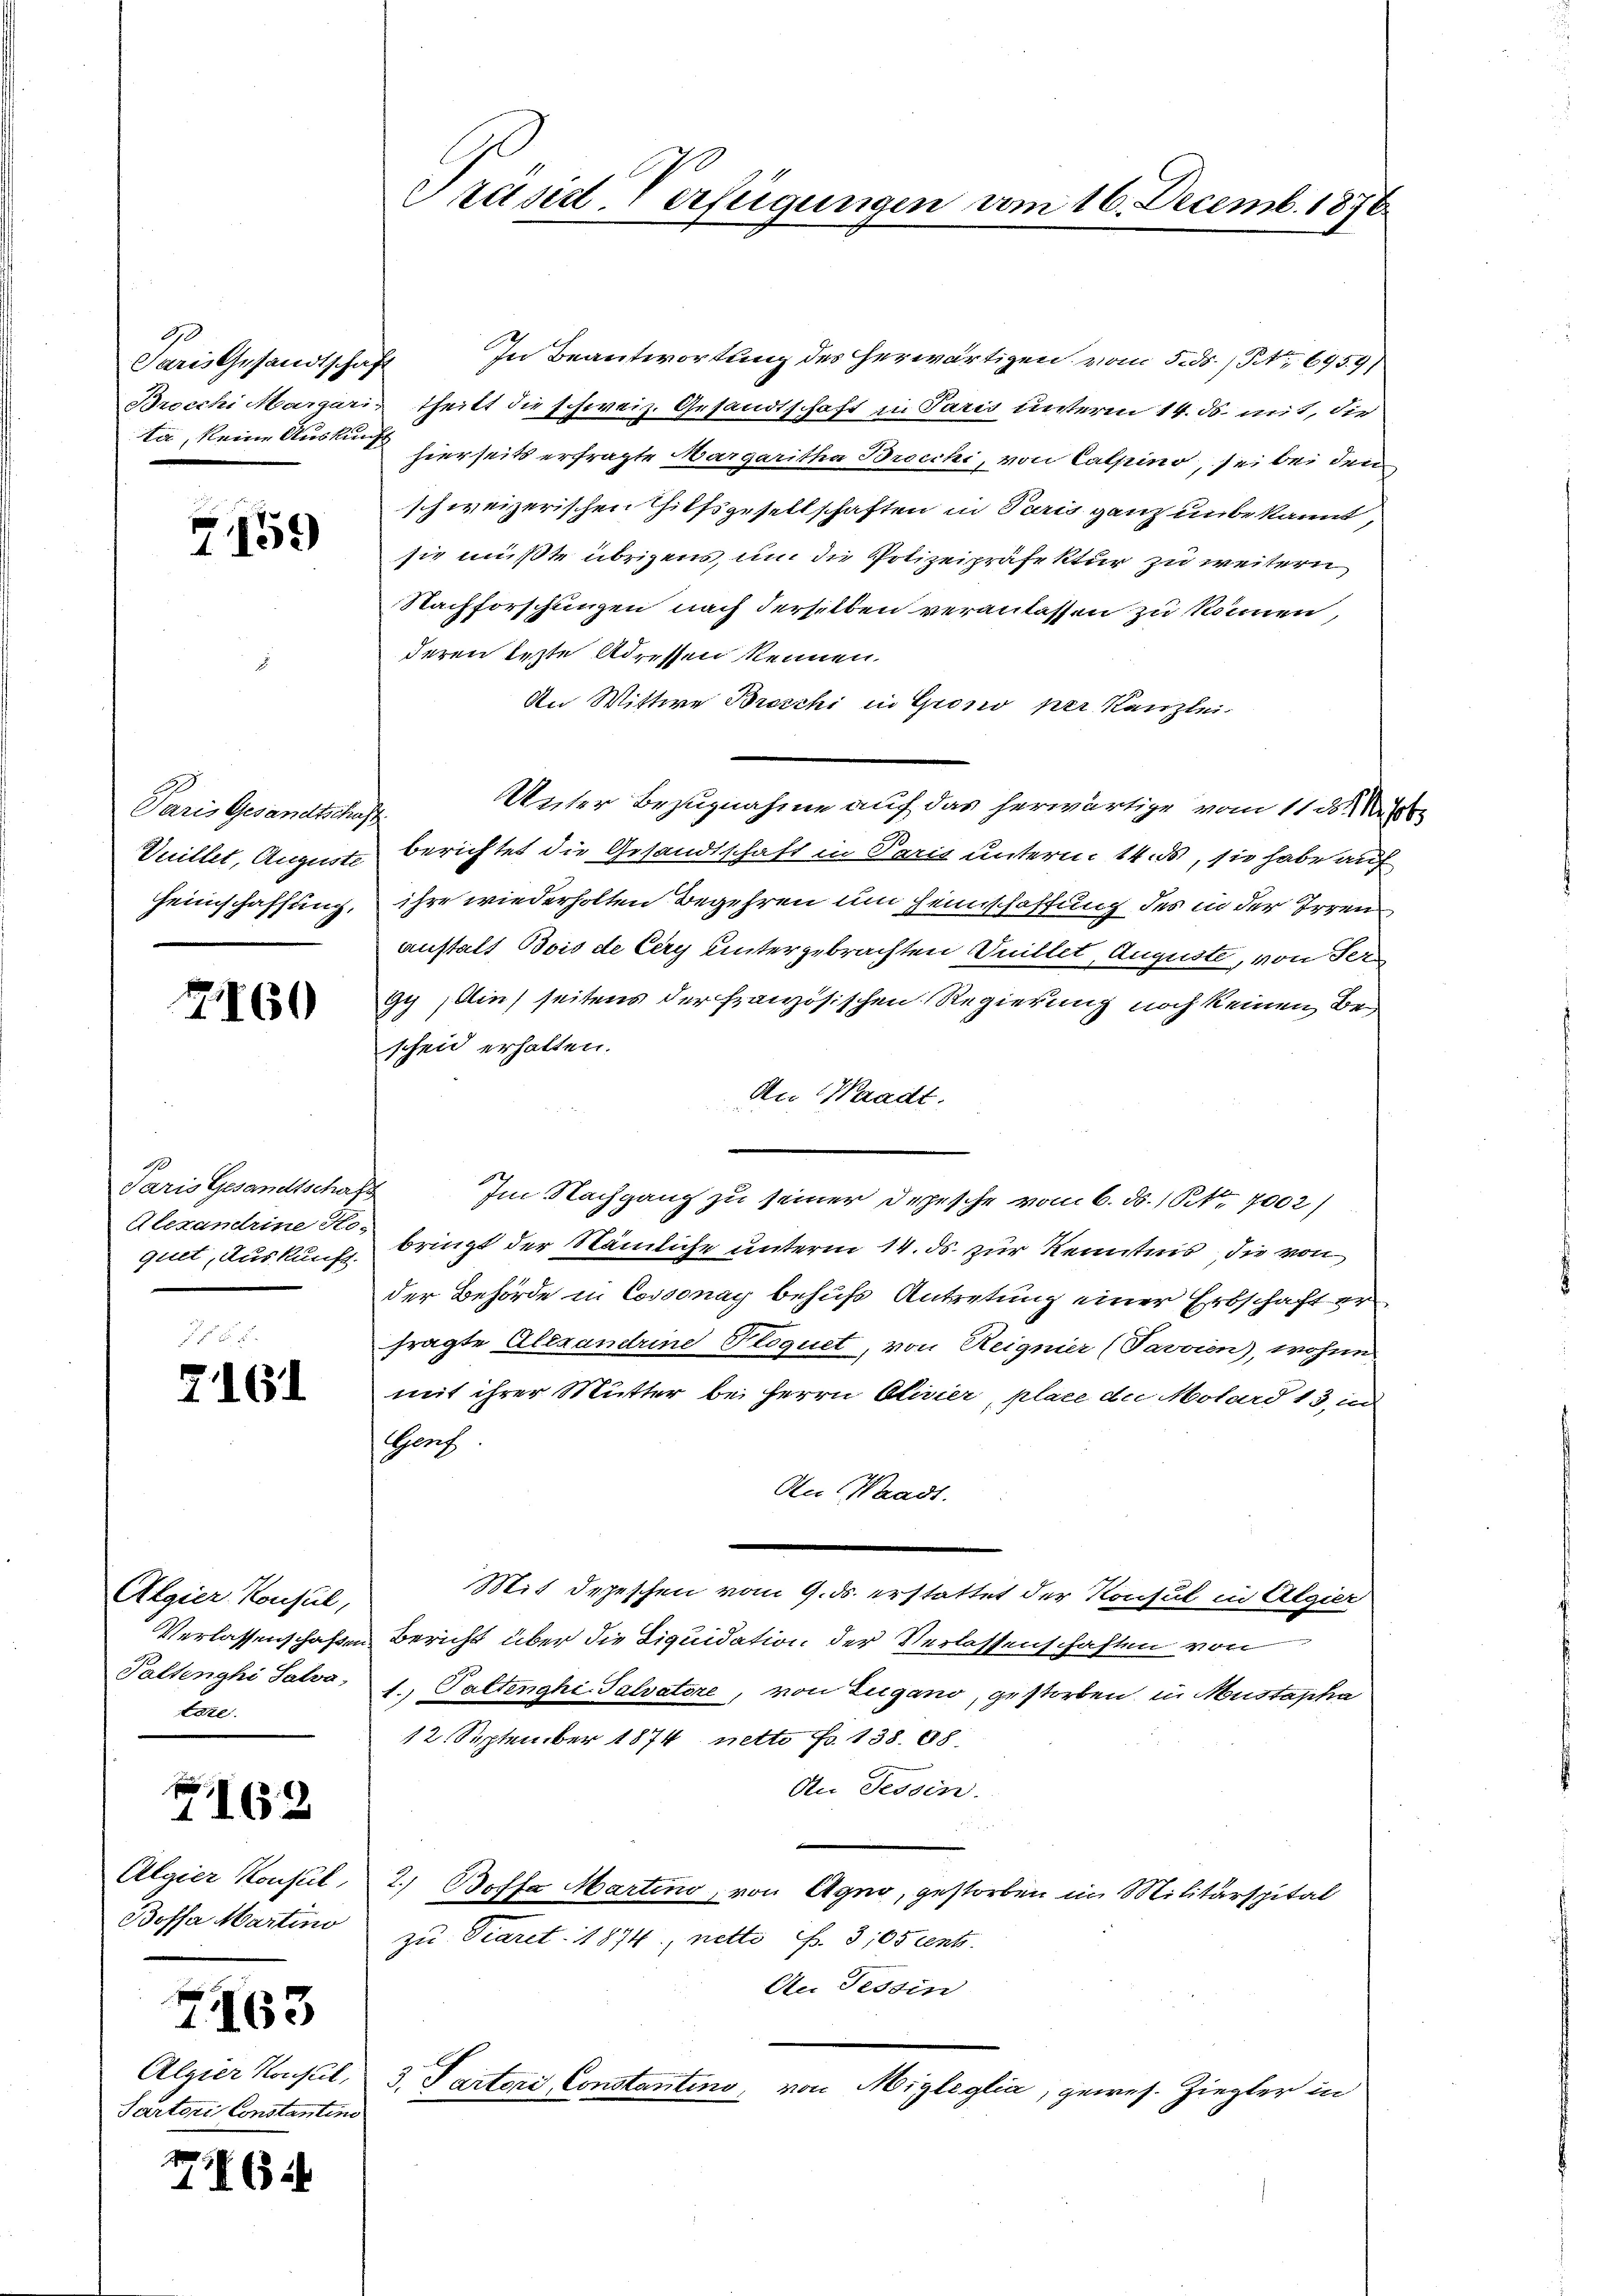
90
Paris Gesandtschaft
Brocchi Margari-
ta, keine Auskunf

7159

Paris Gesandtschaft
Vuillet, Auguste
Heimschaffung,

160

Paris Gesandtschaf
Alexandrine Ho
quet, Auskunft.

7161

Algier Konsul,
Verlassenschaften
Paltenghi Salva
tate

7162

Algier Konsul,
Boffa Martino

763

Algier Konsul,
Parteri Constanten

716.

Präsid. Verfügungen vom 16. Decemb. 1876

In Beantwortung des herwärtigen vom 5. ds. No 6959)
theilt die schweiz. Gesandtschaft in Paris unterm 14. ds. mit, die
hierseits erfragte Margaritha Brecchi, von Calpino, sei bei den
schweizerischen Gilfsgesellschaften in Paris ganz unbekannt,
sie mußte übrigens, um die Polizeipräfektur zu weitern
Nachforschungen nach derselben veranlassen zu können,
deren erste Adressen kennen.
An Wittwe Broschi in Grono per Kanzlei
Unter Bezugnahme auf das herwärtige vom 11. ds.
berichtet die Gesandtschaft in Paris unterm 14. ds, sie habe auf
ihre wiederholten Begehren um Heimschaffung des in der Irren
anstalt Bois de Cery untergebrachten Vuillet, Auguste, von Ter
94 in seitens der französischen Regierung noch keinen Bescheid erhalten.
An Waadt.
Im Nachgang zu seiner Depesche vom 6. d. 1t 7002)
bringt der Nämliche unterm 14. ds. zur Kenntnis die von
der Behörde in Cossonay behufs Antretung einer Erbschaft er
fragte Alexandrine Floquet, von Reignier (Favvien), wohen
mit ihrer Mutter bei Herrn Olivier, place die Motard 13, in
Genf
An Waadt.
Mit depeschen vom 9. ds. erstattet der Konsul in Algier
Bericht über die Liquidation der Verlassenschaften von
1., Pattenghi-Salvatore, von Zugano, gestorben, in Mustapha
12. September 1874 nette Fr. 138. 88.
An Tessin.
d
2.) Bossa Martino, von Agno, gestorben im Militärspital
zu Piaret. 1874 netto S. 305 cento.
An Tessin
3. Partori Constantino, von Migleglia, gewes. Ziegler in